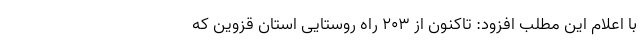
با اعلام این مطلب افزود: تاکنون از ۲۰۳ راه روستایی استان قزوین که